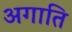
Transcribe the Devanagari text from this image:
अगाति